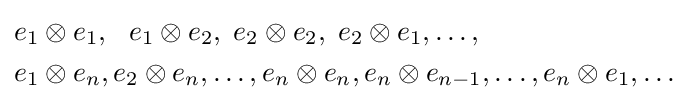
{\begin{aligned}&e_{1}\otimes e_{1},\ \ e_{1}\otimes e_{2},\;e_{2}\otimes e_{2},\;e_{2}\otimes e_{1},\ldots ,\\&e_{1}\otimes e_{n},e_{2}\otimes e_{n},\ldots ,e_{n}\otimes e_{n},e_{n}\otimes e_{n-1},\ldots ,e_{n}\otimes e_{1},\ldots \end{aligned}}